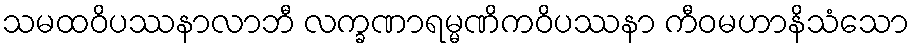
သမထဝိပဿနာလာဘီ လက္ခဏာရမ္မဏိကဝိပဿနာ ကီဝမဟာနိသံသော